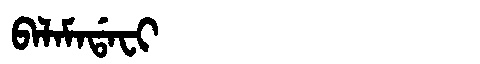
Manchu: ᠪᠠᠯᠠᠮᠠᡩᠠᠸᡳ
Romanization: BALAMADAFI